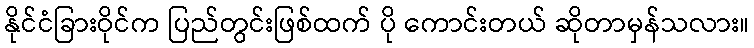
နိုင်ငံခြားဝိုင်က ပြည်တွင်းဖြစ်ထက် ပို ကောင်းတယ် ဆိုတာမှန်သလား။